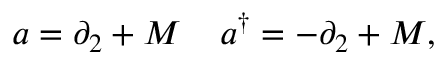
a = \partial _ { 2 } + M \; \; \; \; a ^ { \dagger } = - \partial _ { 2 } + M ,